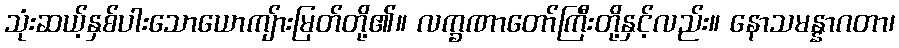
သုံးဆယ့်နှစ်ပါးသောယောကျ်ားမြတ်တို့၏။ လက္ခဏာတော်ကြီးတို့နှင့်လည်း။ နောသမန္နာဂတာ၊